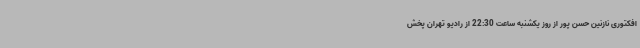
افکتوری نازنین حسن پور از روز یکشنبه ساعت 22:30 از رادیو تهران پخش